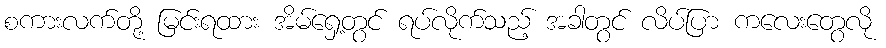
စကားလက်တို့ မြင်းရထား အိမ်ရှေ့တွင် ရပ်လိုက်သည့် အခါတွင် လိပ်ပြာ ကလေးတွေလို